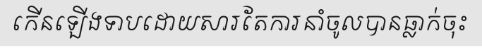
កើនឡើងទាបដោយសារតែការនាំចូលបានធ្លាក់ចុះ